Indian journal of veterinary science and animal husbandry - Volume 6,
Year: 1936
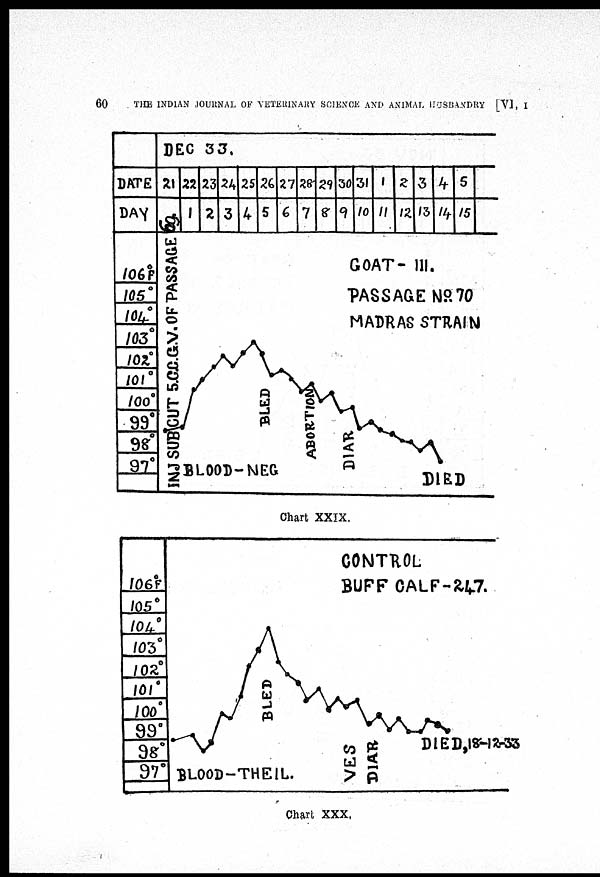
60
THE INDIAN JOURNAL OF VETERINARY SCIENCE AND ANIMAL HUSBANDRY [VI, I
Chart XXIX.
Chart XXX.